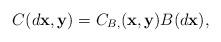
LaTeX: \begin{align*}C(d\mathbf{x},\mathbf{y}) = C_{B,}(\mathbf{x},\mathbf{y})B(d\mathbf{x}),\end{align*}